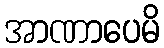
အာဏာပေမိ